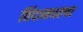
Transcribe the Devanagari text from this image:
विंदामधल्या